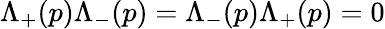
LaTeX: \Lambda_{+}(p)\Lambda_{-}(p)=\Lambda_{-}(p)\Lambda_{+}(p)=0